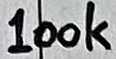
Text: 100k